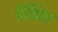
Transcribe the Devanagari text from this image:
विशिष्टा